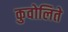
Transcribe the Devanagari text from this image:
कुवोलिते